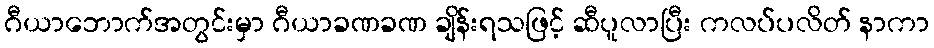
ဂီယာဘောက်အတွင်းမှာ ဂီယာခဏခဏ ချိန်းရသဖြင့် ဆီပူလာပြီး ကလပ်ပလိတ် နာကာ